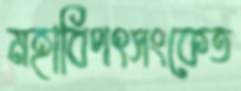
মহাবিপৎসংকেত